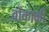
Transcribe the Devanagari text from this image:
वोंकाकी